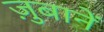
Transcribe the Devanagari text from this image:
ज़ुबानें